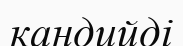
кандийді